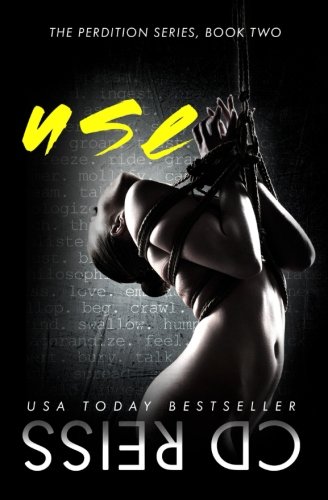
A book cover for Use (Songs of Perdition) (Volume 2); CD Reiss; Romance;